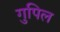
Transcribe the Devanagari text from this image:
गुपिल